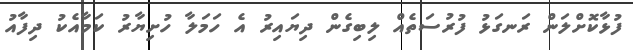
ފުޅާކޮށްލަން ރަނގަޅު ފުރުސަތެއް ލިބިގެން ދިޔައިރު އެ ހަމަލާ ހުށިޔާރު ކަމާއެކު ދިފާއު